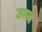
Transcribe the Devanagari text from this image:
उस्न